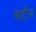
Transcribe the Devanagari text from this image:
थर्टन